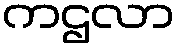
ကဌလာ